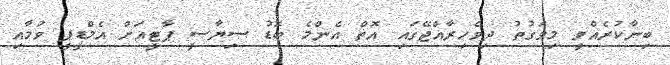
ބިނާކުރެއްވީ މިވަގުތު ދިވެހިރާއްޖޭގައި އޮތް އެންމެ ބޮޑު ސިޔާސީ ޕާޓީއަށް އެމްޑީޕީ ވުމާއި